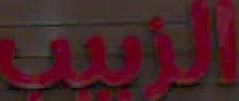
الابن